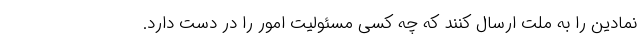
نمادین را به ملت ارسال کنند که چه کسی مسئولیت امور را در دست دارد.